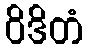
ဝိဒိတံ